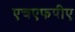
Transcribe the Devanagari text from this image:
एचएफपीए